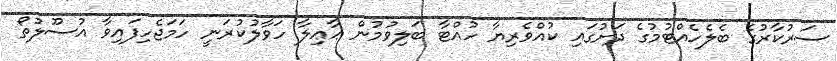
ސަރުކާރުގެ ބެލެހެއްޓުމުގެ ދަށުގައި ކުއްވެރިޔާ ހުއްޓާ ބަލިވުމުން ޢާޢިލާ ހަވާލުކުރަނީ ހަމަޖެހިފައިވާ އުސޫލުތޯ